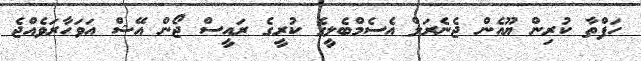
ހަފްތާ ކުރިން ޔޫއެން ޖެނެރަލް އެސެމްބެލީގެ ކުރީގެ ރައީސް ޖޯން އޭޝް އަވަހާރަވެއްޖެ